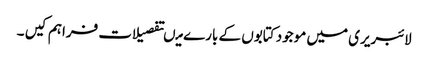
لائبریری میں موجود کتابوں کے بارے میںتفصیلات فراہم کیں ۔